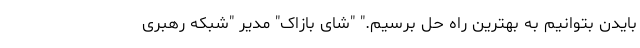
بایدن بتوانیم به بهترین راه حل برسیم." "شای بازاک" مدیر "شبکه رهبری